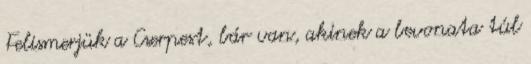
Felismerjük a Cserpest, bár van, akinek a bevonata túl